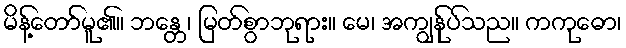
မိန့်တော်မူ၏။ ဘန္တေ၊ မြတ်စွာဘုရား။ မေ၊ အကျွန်ုပ်သည။ ကကုဓော၊